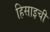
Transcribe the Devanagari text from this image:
हिसाइची